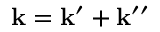
\mathbf { k } = \mathbf { k } ^ { \prime } + \mathbf { k } ^ { \prime \prime }